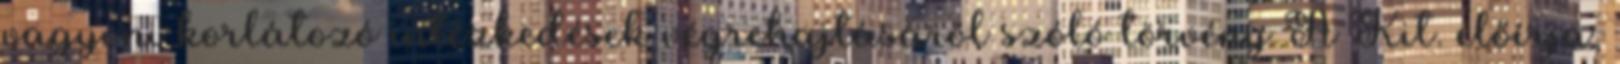
vagyoni korlátozó intézkedések végrehajtásáról szóló törvény A Kit. előírja,